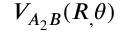
V _ { A _ { 2 } B } ( R _ { , } \theta )